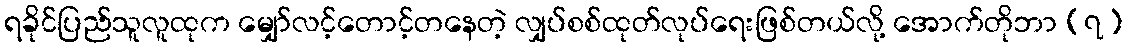
ရခိုင်ပြည်သူလူထုက မျှော်လင့်တောင့်တနေတဲ့ လျှပ်စစ်ထုတ်လုပ်ရေးဖြစ်တယ်လို့ အောက်တိုဘာ (၇)